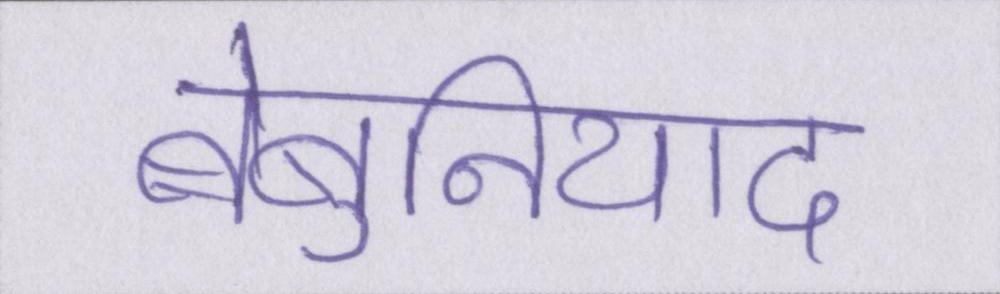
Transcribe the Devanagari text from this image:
बेबुनियाद